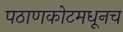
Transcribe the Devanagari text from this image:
पठाणकोटमधूनच